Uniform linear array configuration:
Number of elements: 32
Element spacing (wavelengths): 0.75
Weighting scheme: exponential
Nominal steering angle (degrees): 60
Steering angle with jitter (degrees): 59.562
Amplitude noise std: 0.05
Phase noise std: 0.05

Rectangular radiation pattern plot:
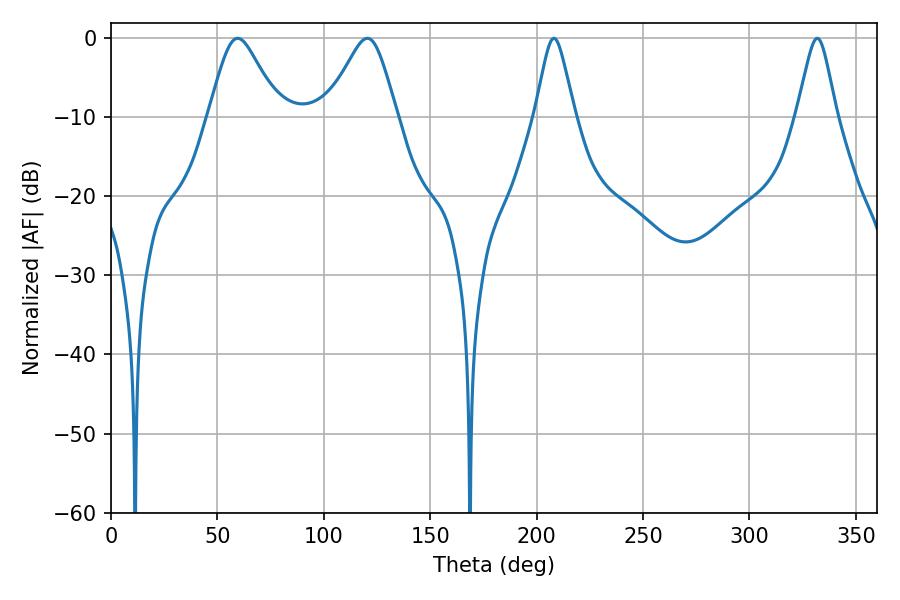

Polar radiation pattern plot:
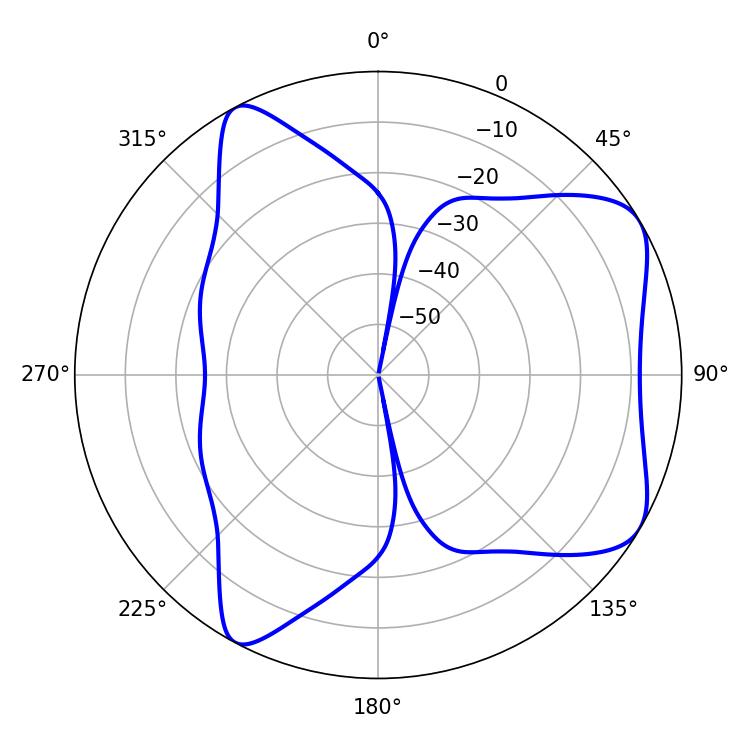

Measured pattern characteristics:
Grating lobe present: TRUE
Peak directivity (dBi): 6.636
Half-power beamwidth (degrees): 15.84
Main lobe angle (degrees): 59.58